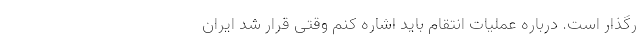
ر‌گذار است. درباره عملیات انتقام باید اشاره کنم وقتی قرار شد ایران